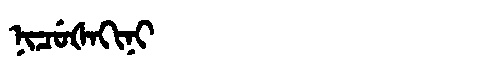
Manchu: ᠨᡳᠴᡠᡧᠠᡴᡳᠨᡳ
Romanization: NICUŠAKINI